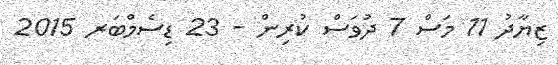
ޒިޔާދު 11 މަސް 7 ދުވަސް ކުރިން - 23 ޑިސެމްބަރ 2015